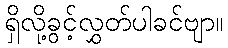
ရှိလို့ခွင့်လွှတ်ပါခင်ဗျာ။